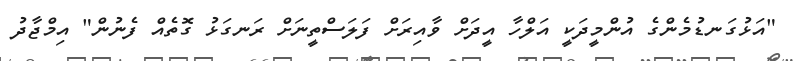
"އަޅުގަނޑުމެންގެ އުންމީދަކީ އަލްހާ އީދަށް ވާއިރަށް ފަލަސްތީނަށް ރަނގަޅު ގޮތެއް ފެނުން" އިމްޖާދު